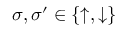
\sigma , \sigma ^ { \prime } \in \{ \uparrow , \downarrow \}